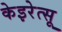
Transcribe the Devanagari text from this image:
केइरेत्सू